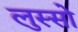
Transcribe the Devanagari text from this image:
लुस्सो